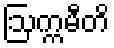
ဩက္ကမီတိ